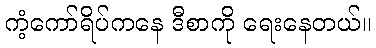
ကံ့ကော်ရိပ်ကနေ ဒီစာကို ရေးနေတယ်။